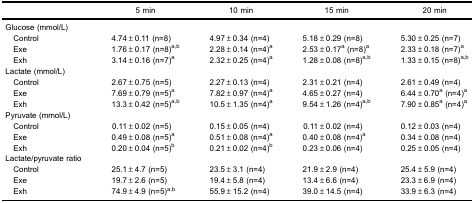
|  | 5 min | 10 min | 15 min | 20 min |
 | --- | --- | --- | --- | --- |
 | <COLSPAN=5> Glucose (mmol/L) |
 | Control | 4.74±0.11 (n=8) | 4.97±0.34 (n=4) | 5.18±0.29 (n=8) | 5.30±0.25 (n=7) |
 | Exe | 1.76±0.17 (n=8)a,b | 2.28±0.14 (n=4)a | 2.53±0.17a (n=8)a | 2.33±0.18 (n=7)a |
 | Exh | 3.14±0.16 (n=7)a | 2.32±0.25 (n=4)a | 1.28±0.08 (n=8)a,b | 1.33±0.15 (n=8)a,b |
 | <COLSPAN=5> Lactate (mmol/L) |
 | Control | 2.67±0.75 (n=5) | 2.27±0.13 (n=4) | 2.31±0.21 (n=4) | 2.61±0.49 (n=4) |
 | Exe | 7.69±0.79 (n=5)a | 7.82±0.97 (n=4)a | 4.65±0.27 (n=4) | 6.44±0.70a (n=4)a |
 | Exh | 13.3±0.42 (n=5)a,b | 10.5±1.35 (n=4)a | 9.54±1.26 (n=4)a,b | 7.90±0.85a (n=4)a |
 | <COLSPAN=5> Pyruvate (mmol/L) |
 | Control | 0.11±0.02 (n=5) | 0.15±0.05 (n=4) | 0.11±0.02 (n=4) | 0.12±0.03 (n=4) |
 | Exe | 0.49±0.08 (n=5)a | 0.51±0.08 (n=4)a | 0.40±0.08 (n=4)a | 0.34±0.08 (n=4) |
 | Exh | 0.20±0.04 (n=5)b | 0.21±0.02 (n=4)b | 0.23±0.06 (n=4) | 0.25±0.05 (n=4) |
 | <COLSPAN=5> Lactate/pyruvate ratio |
 | Control | 25.1±4.7 (n=5) | 23.5±3.1 (n=4) | 21.9±2.9 (n=4) | 25.4±5.9 (n=4) |
 | Exe | 19.7±2.6 (n=5) | 19.4±5.8 (n=4) | 13.4±6.6 (n=4) | 23.3±6.9 (n=4) |
 | Exh | 74.9±4.9 (n=5)a,b | 55.9±15.2 (n=4) | 39.0±14.5 (n=4) | 33.9±6.3 (n=4) |